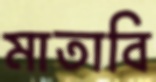
মাতাবি